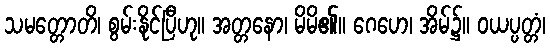
သမတ္တောတိ၊ စွမ်းနိုင်ပြီဟု။ အတ္တနော၊ မိမိ၏။ ဂေဟေ၊ အိမ်၌။ ဝယပ္ပတ္တံ၊